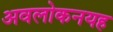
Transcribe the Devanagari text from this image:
अवलोकनयह